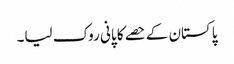
پاکستان کے حصے کا پانی روک لیا۔